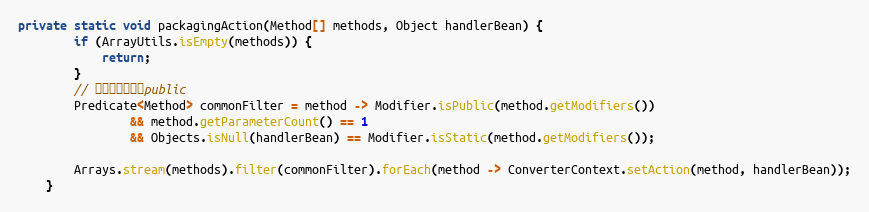
Language: Java
private static void packagingAction(Method[] methods, Object handlerBean) {
        if (ArrayUtils.isEmpty(methods)) {
            return;
        }
        // 参数唯一，且为public
        Predicate<Method> commonFilter = method -> Modifier.isPublic(method.getModifiers())
                && method.getParameterCount() == 1
                && Objects.isNull(handlerBean) == Modifier.isStatic(method.getModifiers());

        Arrays.stream(methods).filter(commonFilter).forEach(method -> ConverterContext.setAction(method, handlerBean));
    }